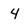
Character: 4